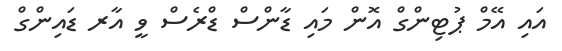
އައި އޭމް ޕުޓިންގް އޮން މައި ޑާންސް ޑްރެސް ވީ އާރ ޑައިންގް